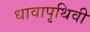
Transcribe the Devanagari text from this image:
धावापृथिवी